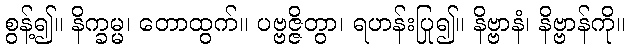
စွန့်၍။ နိက္ခမ္မ၊ တောထွက်။ ပဗ္ဗဇ္ဇိတွာ၊ ရဟန်းပြု၍။ နိဗ္ဗာနံ၊ နိဗ္ဗာန်ကို။